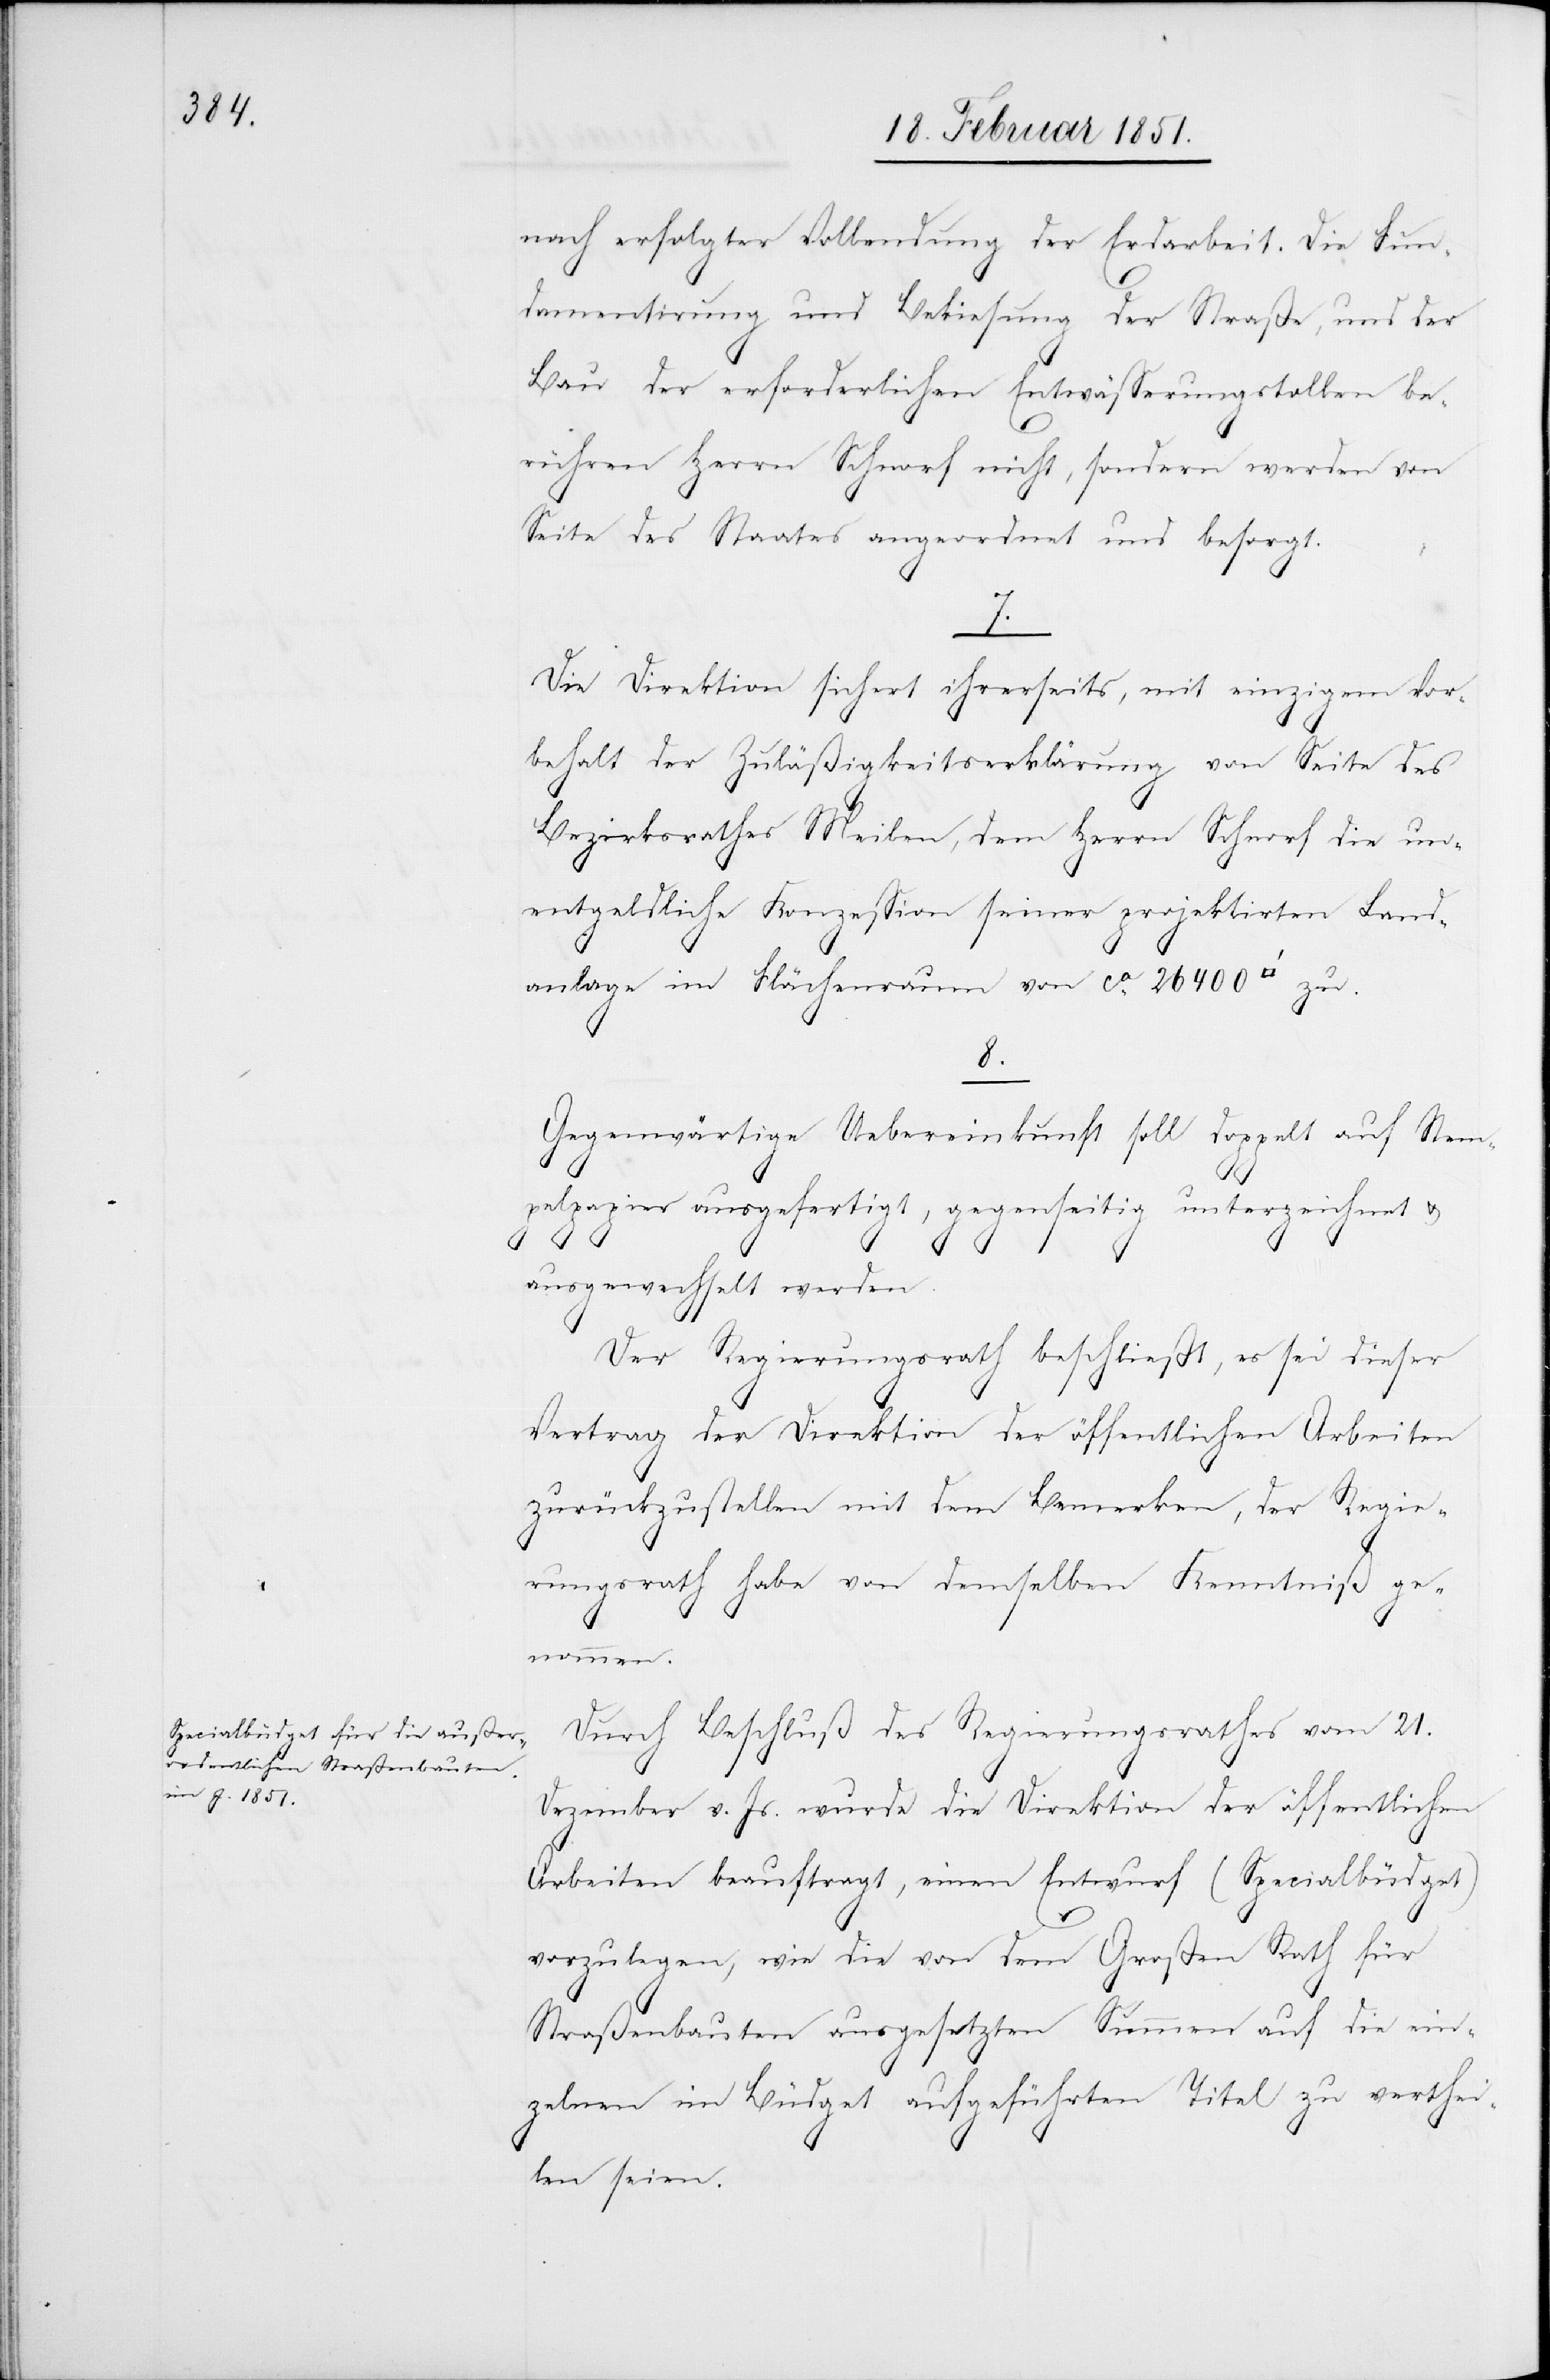
nach erfolgter Vollendung der Erdarbeit. Die Fun¬
damentirung und Bekiesung der Straße, und der
Bau der erforderlichen Entwässerungstollen be¬
rühren Herrn Schnorf nicht, sondern werden von
Seite des Staates angeordnet und besorgt.
7.
Die Direktion sichert ihrerseits, mit einzigem Vor¬
behalt der Zuläßigkeitserklärung von Seite des
Bezirksrathes Meilen, dem Herrn Schnorf die un¬
entgeldliche Konzession seiner projektirten Land¬
anlage im Flächenraum von ca. 26400
8.
Gegenwärtige Uebereinkunft soll doppelt auf Stem¬
pelpapier ausgefertigt, gegenseitig unterzeichnet u.
ausgewechselt werden.
Der Regierungsrath beschließt, es sei dieser
Vertrag der Direktion der öffentlichen Arbeiten
zurückzustellen mit dem Bemerken, der Regie¬
rungsrath habe von demselben Kenntniß ge¬
nommen.
Durch Beschluß des Regierungsrathes vom 21.
Dezember v. Js. wurde die Direktion der öffentlichen
Arbeiten beauftragt, einen Entwurf (Specialbüdget)
vorzulegen, wie die von dem Großen Rath für
Straßenbauten ausgesetzten Summen auf die ein¬
zelnen im Büdget aufgeführten Titel zu verthei¬
len seien.